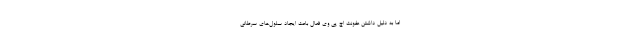
اما به دلیل داشتن عفونت اچ پی وی فعال باعث ایجاد سلول‌های سرطانی